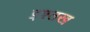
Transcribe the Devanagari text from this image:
इश्तख